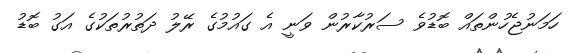
ހަމަނުޖެހުންތައް ބޮޑުވެ ސަރުކާރުން ވަނީ އެ ގައުމުގެ ރޭލު ދަތުރުތަކުގެ އަގު ބޮޑު